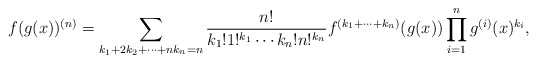
\begin{align*} f(g(x))^{(n)} = \sum_{k_1+2k_2+\cdots+nk_n=n} \frac{n!}{k_1!1!^{k_1}\cdots k_n!n!^{k_n}} f^{(k_1+\cdots+k_n)}(g(x))\prod_{i=1}^n g^{(i)}(x)^{k_i},\end{align*}